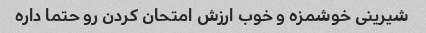
شیرینی خوشمزه و خوب ارزش امتحان کردن رو حتما داره